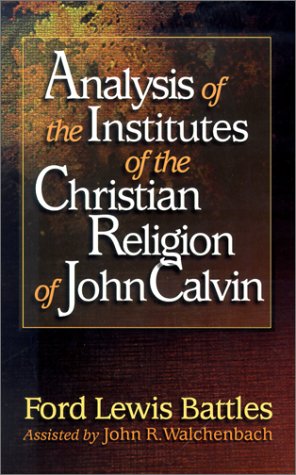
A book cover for Analysis of the Institutes of the Christian Religion of John Calvin; Ford Lewis Battles; Christian Books & Bibles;